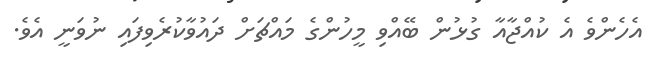
އެހެންވެ އެ ކުއްޖާއާ ގުޅުން ބޭއްވި މީހުންގެ މައްޗަށް ދައުވާކުރެވިފައި ނުވަނީ އެވެ.